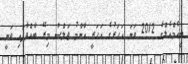
ބީއެމްއެލްގެ 2012 ވަނަ އަހަރުގެ އަހަރީ އާންމު ޖަލްސާ މިރޭ ބާއްވާފައި ވަނީ